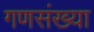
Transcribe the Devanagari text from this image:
गणसंख्या